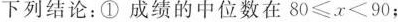
下列结论：①成绩的中位数在$$8 0 ≤ x ≤ 9 0$$；